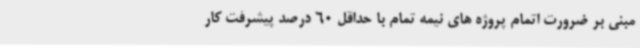
مبنی بر ضرورت اتمام پروژه های نیمه تمام با حداقل 60 درصد پیشرفت کار